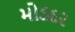
મોડદર